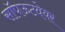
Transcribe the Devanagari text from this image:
सॉपऊटवेयर